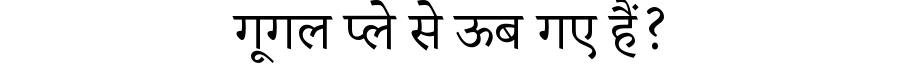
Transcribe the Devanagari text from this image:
गूगल प्ले से ऊब गए हैं?